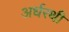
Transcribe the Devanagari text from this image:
अर्धरथी